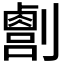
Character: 𫦛